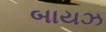
બાયઝ